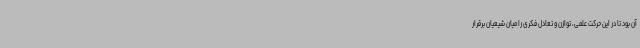
آن بود تا در این حرکت علمی، توازن و تعادل فکری را میان شیعیان برقرار